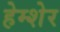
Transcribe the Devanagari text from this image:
हेम्शेर